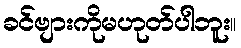
ခင်ဗျားကိုမဟုတ်ပါဘူး။